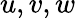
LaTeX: u,v,w